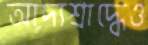
আদ্যশ্রাদ্ধেও